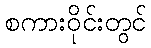
စကားဝိုင်းတွင်